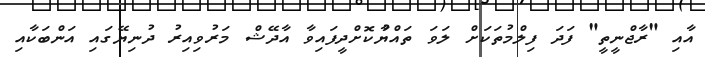
އާއި "ރާޖްނީތީ" ފަދަ ފިލްމުތަކަށް ލަވަ ތައްޔާުކޮށްދީފައިވާ އާދޭޝް މަރުވިއިރު ދުނިޔޭގައި އަންބަކާއި